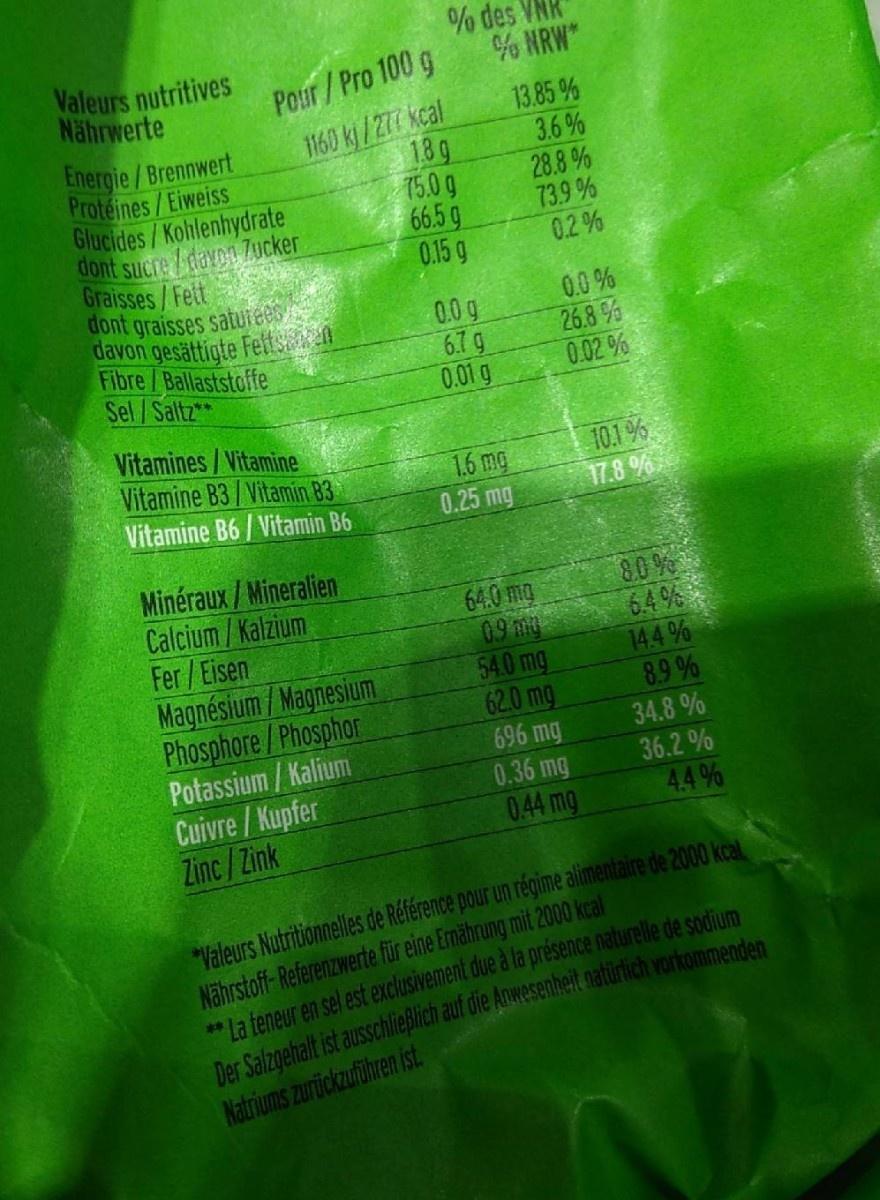
Valeurs nutritives Nährwerte % des VNK % NRW* Pour/Pro 100 g Energie/Brennwert Proteines/Eiweiss Glucides/Kohlenhydrate dont sucre /davon Zucker Graisses/Fett dont graisses saturees davon gesättigte Fettsan an Fibre/Ballaststoffe Sel/Saltz* 1160 kj/277 kcal 18 9 75.0 g 66.5 g 0.15 g 13.85 % 3.6% 28.8 % 73.9 % 0.2 % 0.0 g 6.7 g 0.01 g 0.0% 26.8 % 0.02 % Vitamines/Vitamine Vitamine B3/ Vitamin 83 Vitamine B6 / Vitamin B6 1.6 mg 0.25 mg 10.1 % 17.8 % Minéraux/Mineralien Calcium/Kalzium Fer /Eisen Magnésium/Magnesium Phosphore/Phosphor Potassium / Kalium Cuivre/ Kupfer Zinc/Zink 8.0 % 6.4 % 144 % 8.9 % 34.8 % 36.2 % 44 % 64.0 mg 09 mg 54.0 mg 62.0 mg 696 mg 0.36 mg 044 mg *Valeurs Nutritionnelles de Référence pour un régime alimentaire de 2000 kcal Nährstoff- Referenzwerte für eine Emährung mit 2000 kcal la teneur en sel est exclusivement due à la présence naturelle de sodium Der Salzoehalt ist ausschließlich auf die Anwesenheit natürich vorkommenden Natriums zurickzuführen ist. **